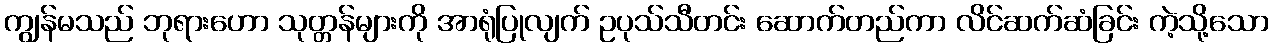
ကျွန်မသည် ဘုရားဟော သုတ္တန်များကို အာရုံပြုလျက် ဥပုသ်သီတင်း ဆောက်တည်ကာ လိင်ဆက်ဆံခြင်း ကဲ့သို့သော